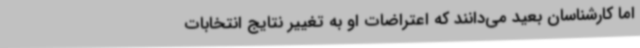
اما کارشناسان بعید می‌دانند که اعتراضات او به تغییر نتایج انتخابات